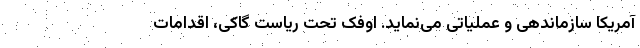
آمریکا سازماندهی و عملیاتی می‌نماید. اوفک تحت ریاست گاکی، اقدامات